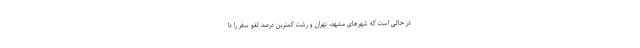
در حالی است که شهرهای مشهد، تهران و رشت کمترین درصد لغو سفر را دا